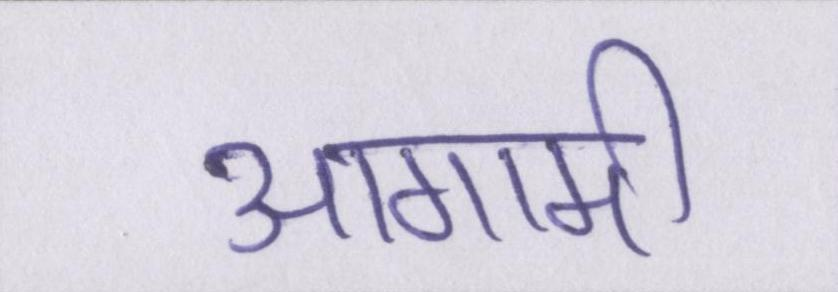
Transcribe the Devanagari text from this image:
आगामी